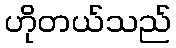
ဟိုတယ်သည်